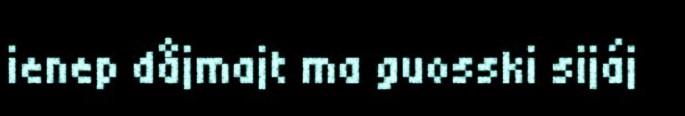
ienep dåjmajt ma guosski sijáj